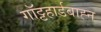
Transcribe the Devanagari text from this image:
गॉट्टहार्डबाह्न